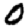
Digit: 0